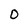
Character: 0